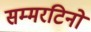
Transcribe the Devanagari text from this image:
सम्मरटिनो